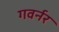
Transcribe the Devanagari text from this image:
गवर्नर